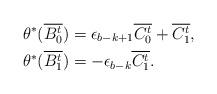
LaTeX: \begin{align*}&\theta^{*}(\overline{B^t_0}) =\epsilon_{b-k+1} \overline{C^t_0}+\overline{C^t_1} , \\&\theta^{*}(\overline{B^t_1}) =-\epsilon_{b-k} \overline{C^t_1}.\end{align*}